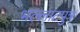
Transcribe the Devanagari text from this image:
भल्लाटपुत्र